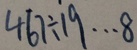
4 6 7 \div 1 9 \cdots 8